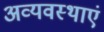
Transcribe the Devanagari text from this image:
अव्यवस्थाएं